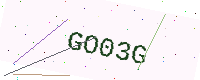
Text: GO03G